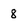
Character: 8